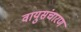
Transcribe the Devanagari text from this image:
वायुसंचारण